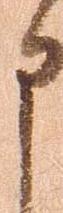
申